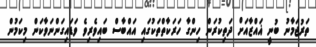
ތަރުޖަމާނު ބުނީ ޣައްޒާއަށް ދަތިކުރަން ހިންގާ ހަރަކާތްތަކުގައި އައްބާސް ބައިވެރިވެ ވަޑައިގަންނަވާކަން މިކަމުން